Civil Veterinary Dept. Bombay admin report 1932-41 - 1932-1941
Year: 1932
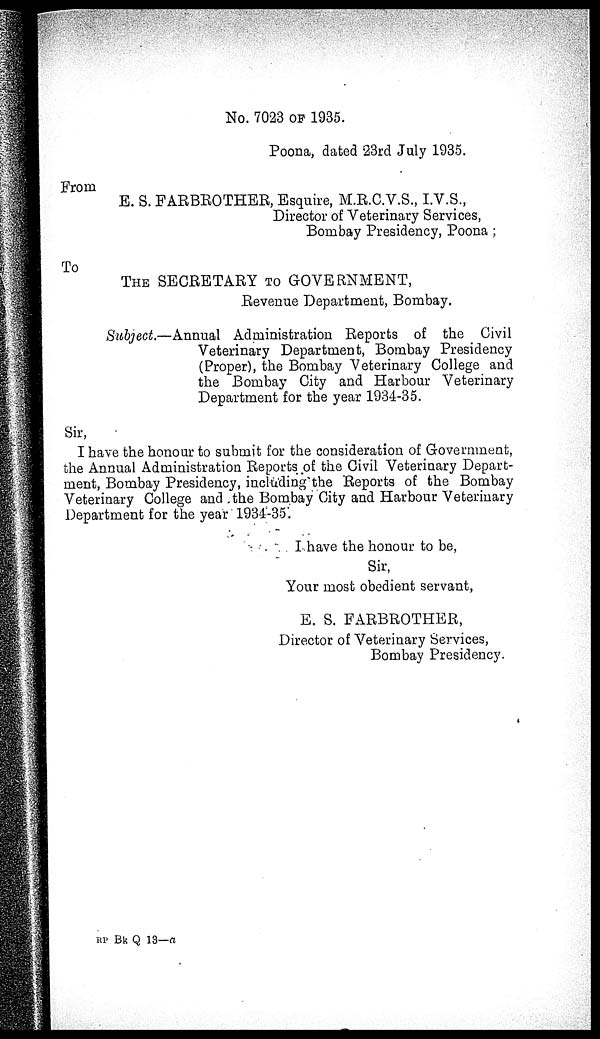
No. 7023 OF 1935.
Poona, dated 23rd July 1935.
From
E. S. FARBROTHER, Esquire, M.R.C.V.S., I.V.S.,
Director of Veterinary Services,
Bombay Presidency, Poona ;
To
THE SECRETARY TO GOVERNMENT,
Revenue Department, Bombay.
Subject.—Annual Administration Reports of the Civil
Veterinary Department, Bombay Presidency
(Proper), the Bombay Veterinary College and
the Bombay City and Harbour Veterinary
Department for the year 1934-35.
Sir,
I have the honour to submit for the consideration of Government,
the Annual Administration Reports of the Civil Veterinary Depart-
ment, Bombay Presidency, including the Reports of the Bombay
Veterinary College and the Bombay City and Harbour Veterinary
Department for the year 1934-35.
I have the honour to be,
Sir,
Your most obedient servant,
E. S. FARBROTHER,
Director of Veterinary Services,
Bombay Presidency.
RP Bk Q 13—a